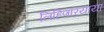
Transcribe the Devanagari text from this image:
लिहिणार्‍याया